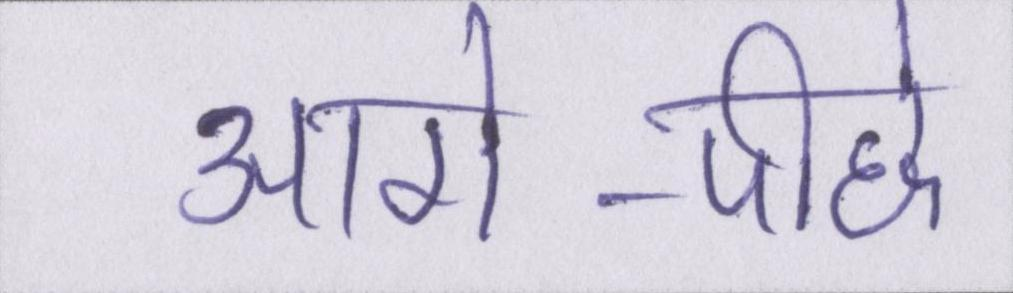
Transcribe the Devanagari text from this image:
आगे-पीछे